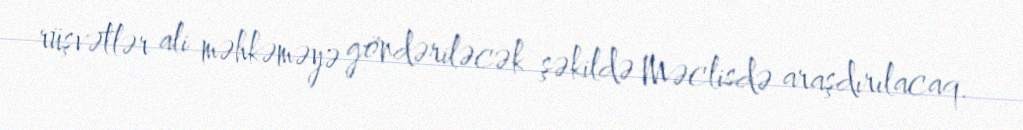
rüşvətlər ali məhkəməyə göndəriləcək şəkildə Məclisdə araşdırılacaq.